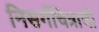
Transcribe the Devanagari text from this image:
निसर्गचित्राची